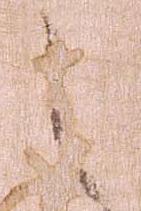
之